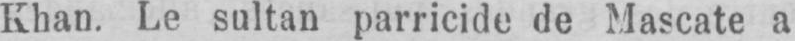
Khan. Le sultan parricide de Mascate a